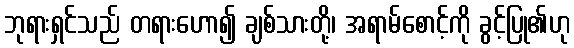
ဘုရားရှင်သည် တရားဟော၍ ချစ်သားတို့၊ အရာမ်စောင့်ကို ခွင့်ပြု၏ဟု